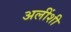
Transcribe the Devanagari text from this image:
अलींशी